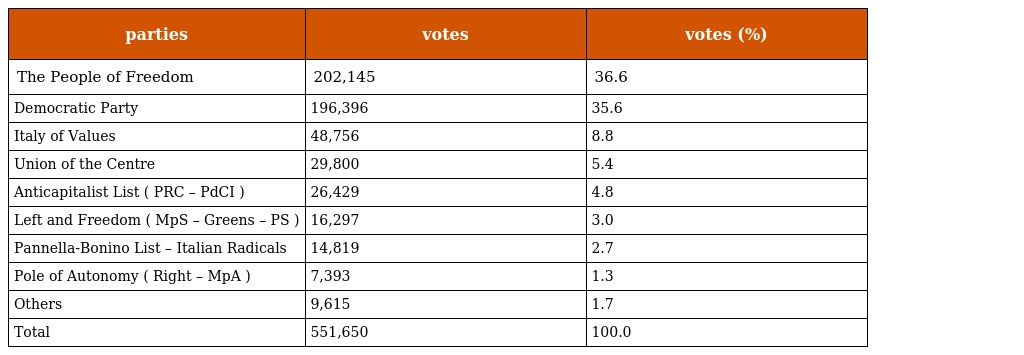
| parties | votes | votes (%) |
 | --- | --- | --- |
 | The People of Freedom | 202,145 | 36.6 |
 | Democratic Party | 196,396 | 35.6 |
 | Italy of Values | 48,756 | 8.8 |
 | Union of the Centre | 29,800 | 5.4 |
 | Anticapitalist List ( PRC – PdCI ) | 26,429 | 4.8 |
 | Left and Freedom ( MpS – Greens – PS ) | 16,297 | 3.0 |
 | Pannella-Bonino List – Italian Radicals | 14,819 | 2.7 |
 | Pole of Autonomy ( Right – MpA ) | 7,393 | 1.3 |
 | Others | 9,615 | 1.7 |
 | Total | 551,650 | 100.0 |